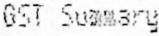
GST SUMMARY